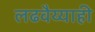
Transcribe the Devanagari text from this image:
लढवैय्याही